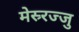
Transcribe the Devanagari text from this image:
मेस्र्रज्जु